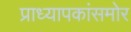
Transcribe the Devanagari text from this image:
प्राध्यापकांसमोर